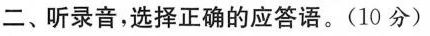
二、听录音,选择正确的应答语.(10 分)